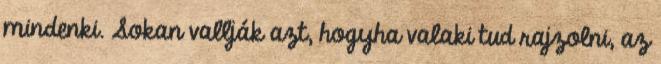
mindenki. Sokan vallják azt, hogyha valaki tud rajzolni, az